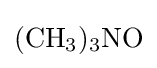
{(\mathrm {CH} {\vphantom {A}}_{\smash[{t}]{3}}){\vphantom {A}}_{\smash[{t}]{3}}\mathrm {NO} }